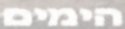
הימים